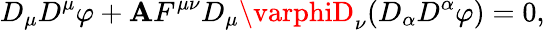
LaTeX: D_{\mu}D^{\mu}\varphi+\mathbf{A}F^{\mu\nu}D_{\mu}\varphiD_{\nu}(D_{\alpha}D^{\alpha}\varphi)=0,